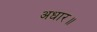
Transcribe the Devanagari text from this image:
अधार॥